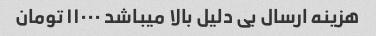
هزینه ارسال بی دلیل بالا میباشد ۱۱۰۰۰ تومان